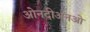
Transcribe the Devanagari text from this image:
ओनदीअनओ